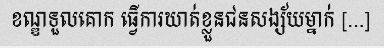
ខណ្ឌទួលគោក ធ្វើការឃាត់ខ្លួនជនសង្ស័យម្នាក់ [...]